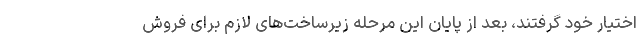
اختیار خود گرفتند، بعد از پایان این مرحله زیرساخت‌های لازم برای فروش